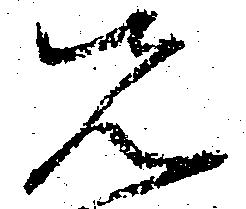
先